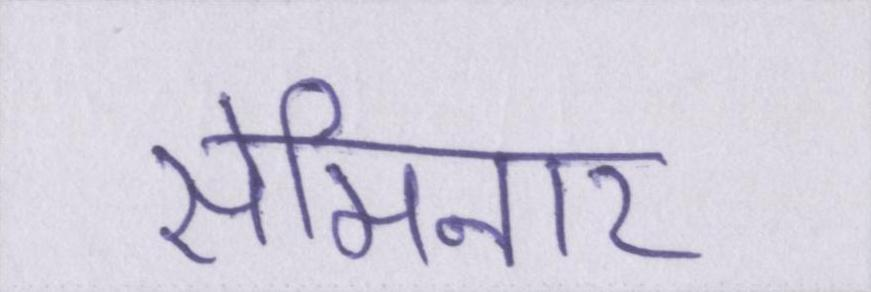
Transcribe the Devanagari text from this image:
सेमिनार